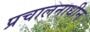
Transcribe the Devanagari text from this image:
प्रचालनाधीन